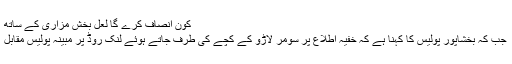
کون انصاف کرے گا لعل بخش مزاری کے ساتھ
جب کہ بخشاپور پولیس کا کہنا ہے کہ خفیہ اطلاع پر سومر لاڑو کے کچے کی طرف جاتے ہوئے لنک روڈ پر مبینہ پولیس مقابل